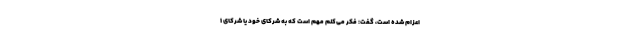
اعزام شده است، گفت: فکر می‌کنم مهم است که به شرکای خود یا شرکای ۱